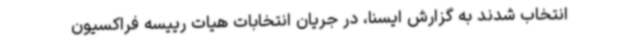
انتخاب شدند به گزارش ایسنا، در جریان انتخابات هیات رییسه فراکسیون